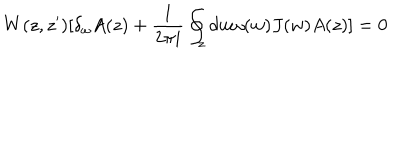
W ( z , z ^ { \prime } ) [ \delta _ { \omega } A ( z ) + \frac { 1 } { 2 \pi i } \oint _ { z } d w \omega ( w ) J ( w ) A ( z ) ] = 0